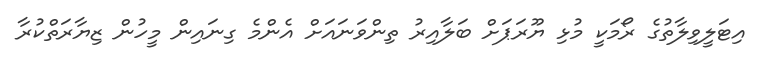
އިޓަލީވިލާތުގެ ރޯމަކީ މުޅި ޔޫރަޕަށް ބަލާއިރު ތިންވަނައަށް އެންމެ ގިނައިން މީހުން ޒިޔާރަތްކުރާ